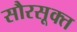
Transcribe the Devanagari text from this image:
सौरसूक्त